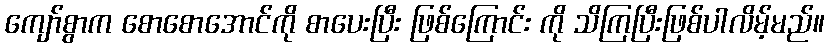
ကျော်စွာက စောစောအောင်ကို စာပေးပြီး ဖြစ်ကြောင်း ကို သိကြပြီးဖြစ်ပါလိမ့်မည်။